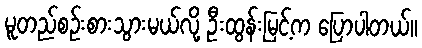
မူတည်စဉ်းစားသွားမယ်လို့ ဦးထွန်းမြင့်က ပြောပါတယ်။